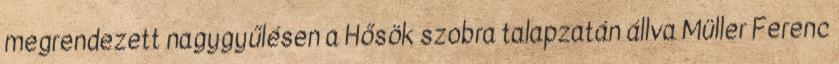
megrendezett nagygyűlésen a Hősök szobra talapzatán állva Müller Ferenc